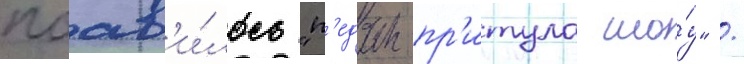
поав'и́лось "п'едан-пр'итула шо́у" /